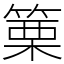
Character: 篥